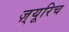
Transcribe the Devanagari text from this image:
ज़्यूरिच